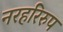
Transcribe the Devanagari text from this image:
नरहरिरुप